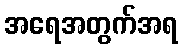
အရေအတွက်အရ